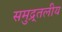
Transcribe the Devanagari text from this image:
समुद्र्तलीय